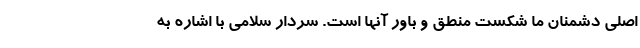
اصلی دشمنان ما شکست منطق و باور آنها است. سردار سلامی با اشاره به